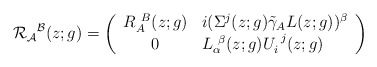
\begin{align*}{\cal R}_{{\cal A}}{}^{{\cal B}}(z;g)=\left(\begin{array}{cl}R_{A}^{~B}(z;g)&i(\Sigma^{j}(z;g)\tilde{\gamma}_{A}L(z;g))^{\beta}\\0&L_{\alpha}^{~\beta}(z;g)U_{i}^{~j}(z;g)\end{array}\right)\end{align*}